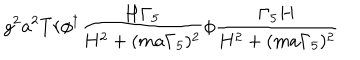
LaTeX: g ^ { 2 } a ^ { 2 } T r \phi ^ { \dagger } \frac { H \Gamma _ { 5 } } { H ^ { 2 } + ( m a \Gamma _ { 5 } ) ^ { 2 } } \phi \frac { \Gamma _ { 5 } H } { H ^ { 2 } + ( m a \Gamma _ { 5 } ) ^ { 2 } }